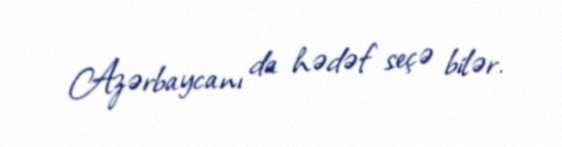
Azərbaycanı da hədəf seçə bilər.